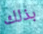
بذلك